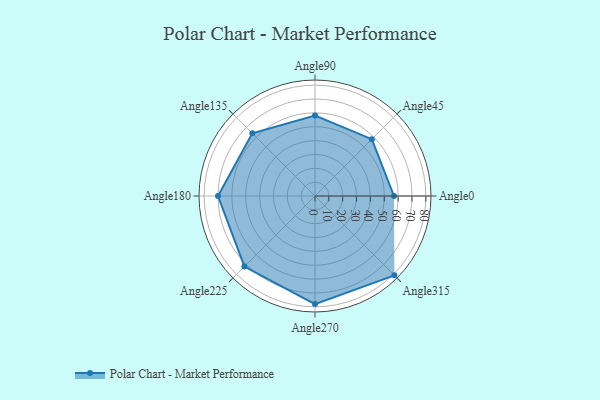
{"axis": {"x": "Angle", "y": "Radius"}, "legend": [""], "data": [{"x": "Angle0", "y": 57.0, "type": ""}, {"x": "Angle45", "y": 58.0, "type": ""}, {"x": "Angle90", "y": 58.0, "type": ""}, {"x": "Angle135", "y": 64.0, "type": ""}, {"x": "Angle180", "y": 70.0, "type": ""}, {"x": "Angle225", "y": 72.0, "type": ""}, {"x": "Angle270", "y": 78.0, "type": ""}, {"x": "Angle315", "y": 81.0, "type": ""}]}